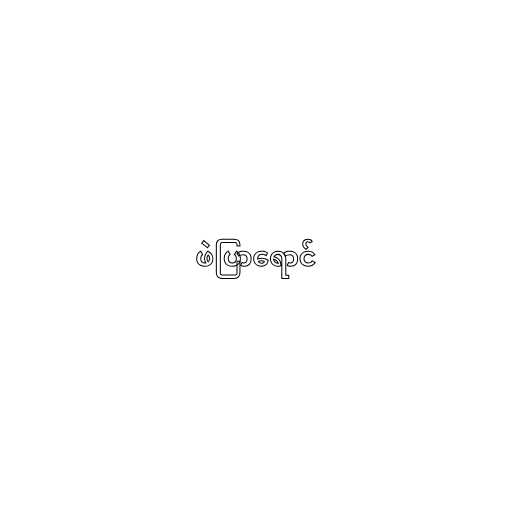
ဖဲပြာရောင်